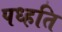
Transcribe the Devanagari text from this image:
पध्हति